system: You are a helpful assistant.
user:
Analyze the provided spectrum to determine if it is a **Carbon Star (C-type)**.

- **Key Visual Indicators of Carbon Star:**
    - **(Primary):** Strong molecular absorption from **C₂ (diatomic carbon) "Swan Bands."** This is the **defining feature** of a carbon star.
        - **(Key Bandheads):** Sharp absorption edges are visible at approximately $5635$ Å, $5165$ Å (the strongest band), and $4737$ Å.
        - **(Line Profile):** Creates a distinct **"saw-tooth"** pattern. The key morphology is a sharp, steep bandhead on the **red (long-wavelength) side**, which then gradually tapers off (i.e., flux recovers) towards the **blue (short-wavelength) side**. *(This is the direct opposite of the TiO bands seen in M-type stars)*.

    - **(Secondary):** Intense **CN (cyanogen)** molecular absorption bands.
        - **(Key Bandheads):** Located in the blue and violet regions of the spectrum (e.g., near $4215$ Å and $3883$ Å).
        - **(Morphology):** These bands are extremely broad and act as a "blanket," absorbing the vast majority of blue and violet light. This creates a characteristic **"cliff"** or **"steep drop-off"** in the spectrum's flux at short wavelengths.

    - **(Key Confirmation):** Strong **CH absorption band (G-band)**.
        - **(Key Bandhead):** Located around $4300$ Å. The contribution from CH molecules to this band is exceptionally strong.

    - **(Overall Spectrum):**
        - The continuum is severely "chopped up" by these deep molecular bands, especially C₂, rather than appearing as a smooth curve.
        - Due to the heavy CN and C₂ absorption in the blue-green, the vast majority of the star's flux is concentrated in the red part of the spectrum, giving the star its characteristic deep red color.

Think first, call **spectral_visualization_tool** if needed to examine features in detail, then provide your final answer. Your response must adhere to the following strict rules:
1.  **Overall Structure:** Your response must follow the format `<think>...</think> <tool_call>...</tool_call> (if a tool is used) <answer>...</answer>`.
2.  **Tool Usage Constraint:** You may only make **one** tool call per turn.
3.  **Final Answer Format:** In the `<answer>` tag, your conclusion must be inside a `\boxed{}` command (e.g., `\boxed{YES}`), followed by your justification.

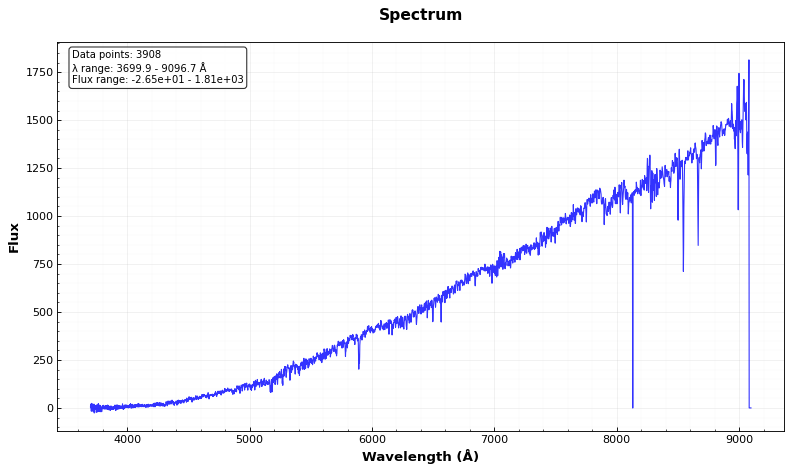
Answer: NO